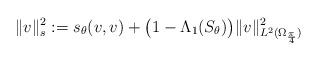
LaTeX: \begin{align*}\|v\|^2_s:=s_\theta(v,v)+\big(1-\Lambda_1(S_\theta)\big)\|v\|^2_{L^2(\Omega_{\frac{\pi}{4}})}\end{align*}